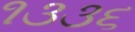
૧૩૩૬